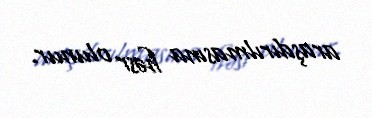
araşdırılmasına həsr olunur.